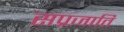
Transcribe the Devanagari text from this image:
सप्रजाति